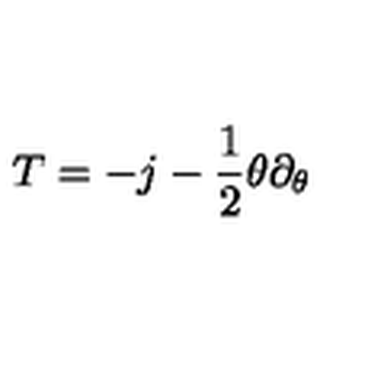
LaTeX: T = - j - { \frac { 1 } { 2 } } \theta \partial _ { \theta }